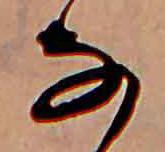
な